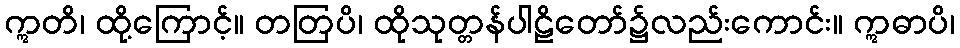
ဣတိ၊ ထို့ကြောင့်။ တတြပိ၊ ထိုသုတ္တန်ပါဠိတော်၌လည်းကောင်း။ ဣဓာပိ၊